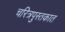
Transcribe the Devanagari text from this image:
चरित्रपुस्तकात